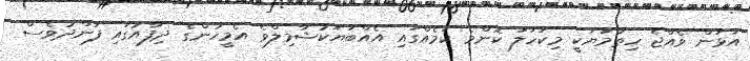
އަޅަން ވެއްޖެ ހިތާމަޔަކީ މިކަހަލަ ކޮންމެ ކަމެއްގައި އެއްބަޔަކުޝާމިލްވެ އެމީހުންގެ ދިފާއުގައި ފަންދުވެސް